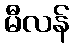
မီလန်